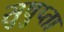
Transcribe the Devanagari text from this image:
सुषुप्ता